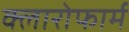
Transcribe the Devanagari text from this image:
क्लारोफार्म